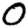
Digit: 0